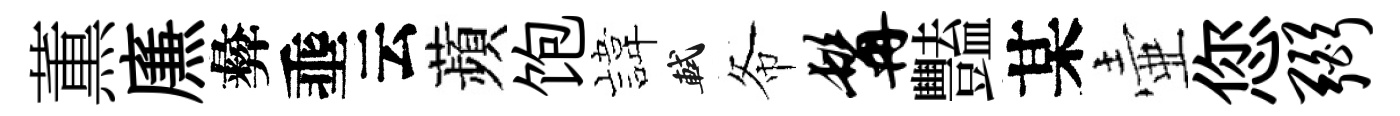
薫㢘彜埀云蘋饱旗軾𢁙髯豔某壷您弼